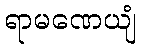
ရာမဏေယျံ